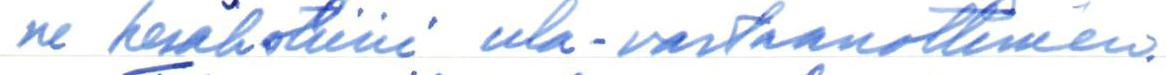
ne kesäkotiini ula-vastaanottimen.